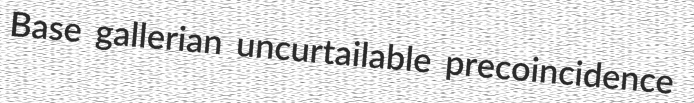
Base gallerian uncurtailable precoincidence